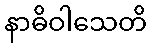
နာဓိဝါသေတိ